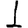
Digit: 1